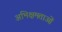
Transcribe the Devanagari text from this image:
अभिक्षमताओं